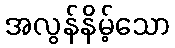
အလွန်နိမ့်သော